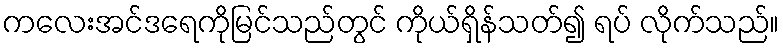
ကလေးအင်ဒရေကိုမြင်သည်တွင် ကိုယ်ရှိန်သတ်၍ ရပ် လိုက်သည်။